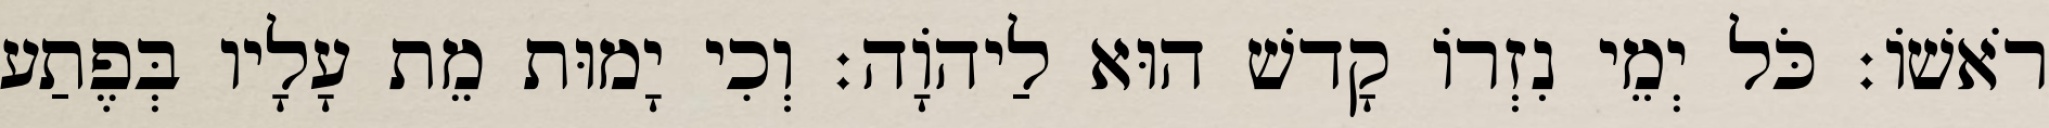
רֹאשׁוֹ׃ כֹּל יְמֵי נִזְרוֹ קָדשׁ הוּא לַיהוָֹה׃ וְכִי יָמוּת מֵת עָלָיו בְּפֶתַע